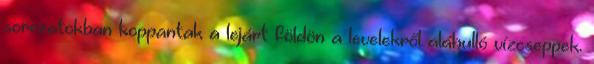
sorozatokban koppantak a lejárt földön a levelekről aláhulló vízcseppek.